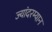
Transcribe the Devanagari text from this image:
ज्यांदरम्यान